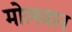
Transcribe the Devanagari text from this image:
मोलवान